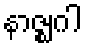
နာဇ္ဈဂါ